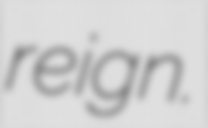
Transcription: reign.